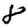
Digit: 8